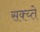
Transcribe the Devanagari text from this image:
सक्य्ते